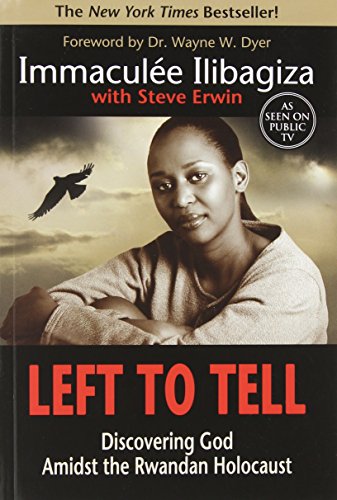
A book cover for Left to Tell: Discovering God Amidst the Rwandan Holocaust; Immaculee Ilibagiza; Biographies & Memoirs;